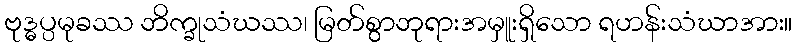
ဗုဒ္ဓပ္ပမုခဿ ဘိက္ခုသံဃဿ၊ မြတ်စွာဘုရားအမှူးရှိသော ရဟန်းသံဃာအား။